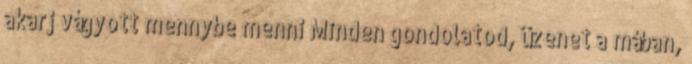
akarj vágyott mennybe menni Minden gondolatod, üzenet a mában,